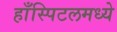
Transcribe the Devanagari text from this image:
हाँस्पिटलमध्ये